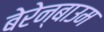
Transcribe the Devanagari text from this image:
बेरेन्बाउम